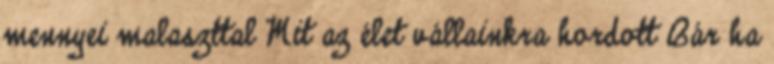
mennyei malaszttal Mit az élet vállainkra hordott Bár ha